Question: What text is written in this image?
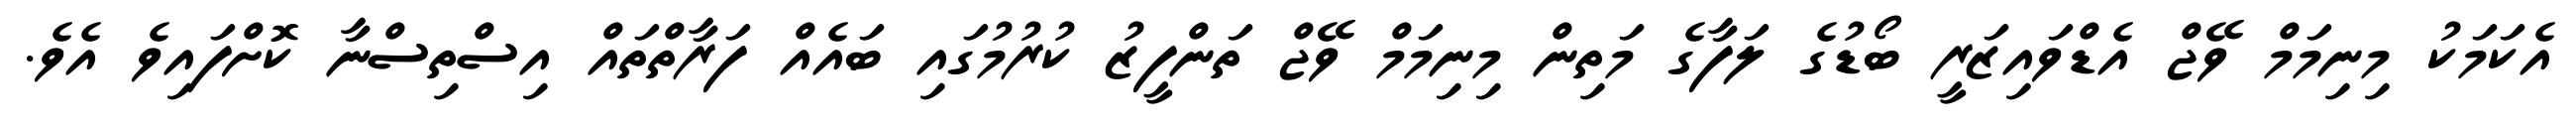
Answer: އެކަމަކު މިނިމަމް ވޭޖް އެޑްވައިޒަރީ ބޯޑުގެ ލަފާގެ މަތިން މިނިމަމް ވޭޖް ތަންފީޒު ކުރުމުގައި ބައެއް ފަރާތްތައް އިސްތިސްނާ ކޮށްފައިވެ އެވެ.